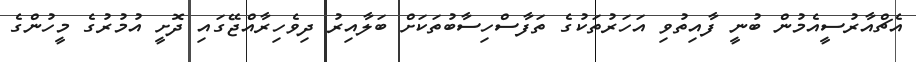
އެޗްއާރުސީއެމުން ބުނީ ފާއިތުވި އަހަރުތަކުގެ ތަފާސްހިސާބުތަކަށް ބަލާއިރު ދިވެހިރާއްޖޭގައި ދޮށީ އުމުރުގެ މީހުންގެ